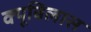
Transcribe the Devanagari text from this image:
क्यूबिलास